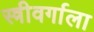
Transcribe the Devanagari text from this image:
स्त्रीवर्गाला